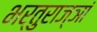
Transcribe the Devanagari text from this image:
भर्तुराज्ञां